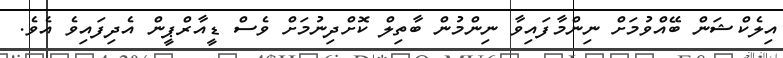
އިލެކްޝަން ބޭއްވުމަށް ނިންމާފައިވާ ނިންމުން ބާތިލް ކޮށްދިނުމަށް ވެސް ޑީއާރްޕީން އެދިފައިވެ އެވެ.